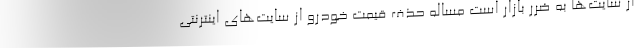
از سایت‌ها به ضرر بازار است مساله حذف قیمت خودرو از سایت‌های اینترنتی